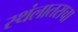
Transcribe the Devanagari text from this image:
स्थंलातराचा